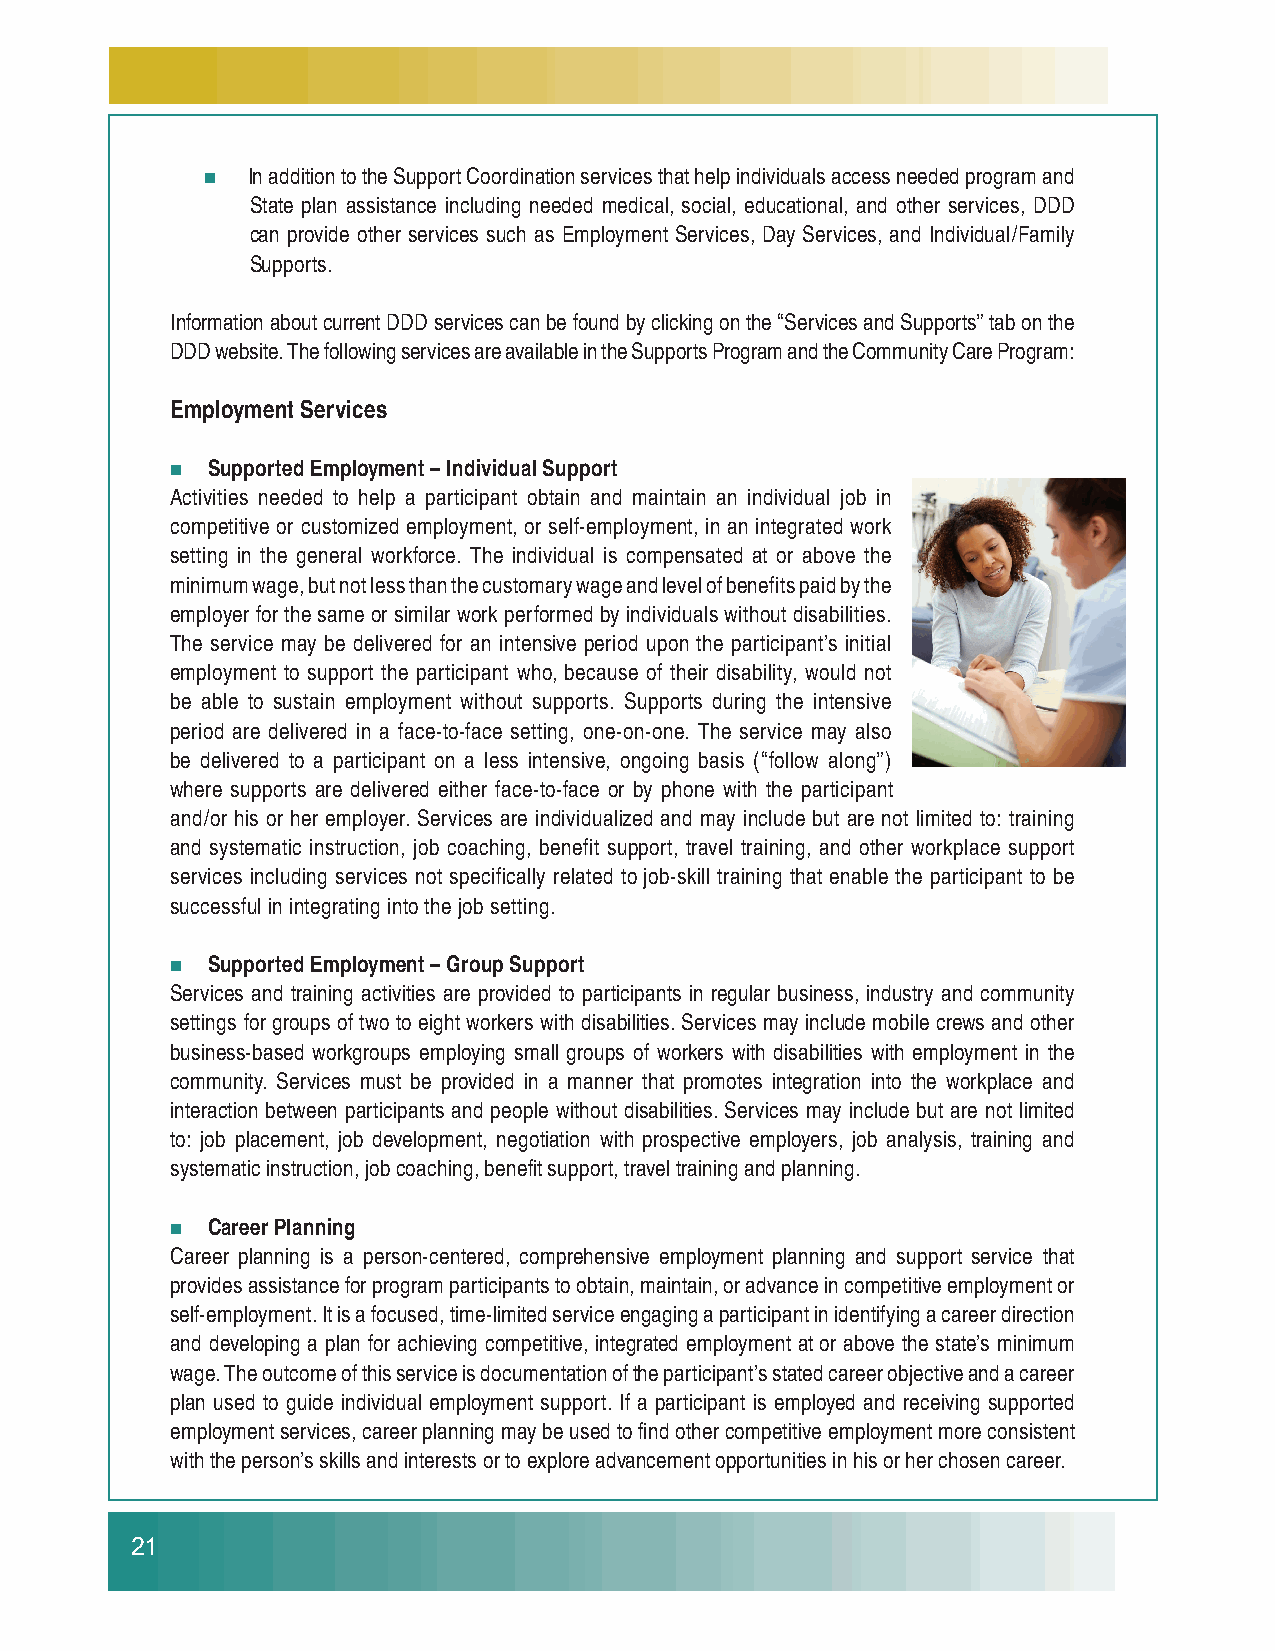
   In addition to the Support Coordination services that help individuals access needed program and
 State plan assistance including needed medical, social, educational, and other services, DDD
 can provide other services such as Employment Services, Day Services, and Individual/Family
 Supports.
 Information about current DDD services can be found by clicking on the “Services and Supports” tab on the
 DDD website. The following services are available in the Supports Program and the Community Care Program:
 Employment Services
   Supported Employment – Individual Support
 Activities needed to help a participant obtain and maintain an individual job in
 competitive or customized employment, or self-employment, in an integrated work
 setting in the general workforce. The individual is compensated at or above the
 minimum wage, but not less than the customary wage and level of benefits paid by the
 employer for the same or similar work performed by individuals without disabilities.
 The service may be delivered for an intensive period upon the participant’s initial
 employment to support the participant who, because of their disability, would not
 be able to sustain employment without supports. Supports during the intensive
 period are delivered in a face-to-face setting, one-on-one. The service may also
 be delivered to a participant on a less intensive, ongoing basis (“follow along”)
 where supports are delivered either face-to-face or by phone with the participant
 and/or his or her employer. Services are individualized and may include but are not limited to: training
 and systematic instruction, job coaching, benefit support, travel training, and other workplace support
 services including services not specifically related to job-skill training that enable the participant to be
 successful in integrating into the job setting.
   Supported Employment – Group Support
 Services and training activities are provided to participants in regular business, industry and community
 settings for groups of two to eight workers with disabilities. Services may include mobile crews and other
 business-based workgroups employing small groups of workers with disabilities with employment in the
 community. Services must be provided in a manner that promotes integration into the workplace and
 interaction between participants and people without disabilities. Services may include but are not limited
 to: job placement, job development, negotiation with prospective employers, job analysis, training and
 systematic instruction, job coaching, benefi t support, travel training and planning.
   Career Planning
 Career planning is a person-centered, comprehensive employment planning and support service that
 provides assistance for program participants to obtain, maintain, or advance in competitive employment or
 self-employment. It is a focused, time-limited service engaging a participant in identifying a career direction
 and developing a plan for achieving competitive, integrated employment at or above the state’s minimum
 wage. The outcome of this service is documentation of the participant’s stated career objective and a career
 plan used to guide individual employment support. If a participant is employed and receiving supported
 employment services, career planning may be used to fi nd other competitive employment more consistent
 with the person’s skills and interests or to explore advancement opportunities in his or her chosen career.
 21